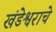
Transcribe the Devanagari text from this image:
खंडेश्वराचे